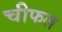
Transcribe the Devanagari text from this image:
चीफल